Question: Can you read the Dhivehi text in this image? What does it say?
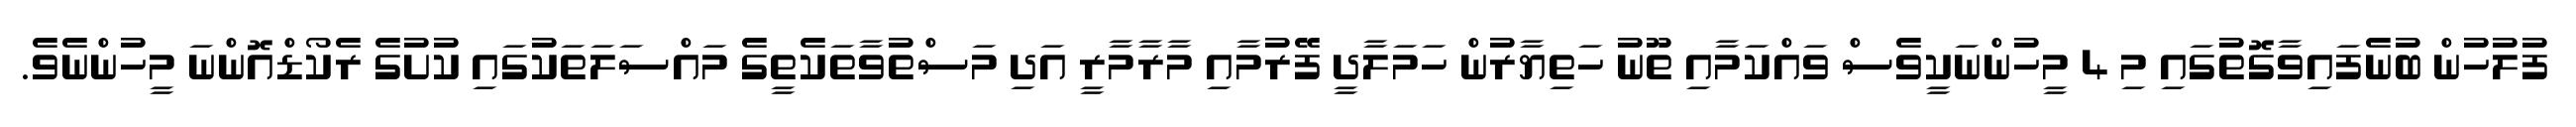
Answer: ފުލުހުން ބުނެފައިވާގޮތުގައި މި 4 މީހުންނަކީވެސް ވައްކަމާއި ތޫނު ހަތިޔާރުން ހަމަލާދީ ފޭރުމާއި މާރާމާރީ އަދި މަސްތުވާތަކެތީގެ މައްސަލަތަކުގައި ކުށުގެ ރެކޯޑްއޮންނަ މީހުންނެވެ.